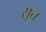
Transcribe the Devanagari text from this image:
सूत्